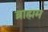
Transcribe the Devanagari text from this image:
ब्राह्मम